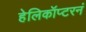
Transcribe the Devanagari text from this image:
हेलिकॉप्टरनं